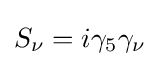
S_{\nu }=i\gamma _{5}\gamma _{\nu }